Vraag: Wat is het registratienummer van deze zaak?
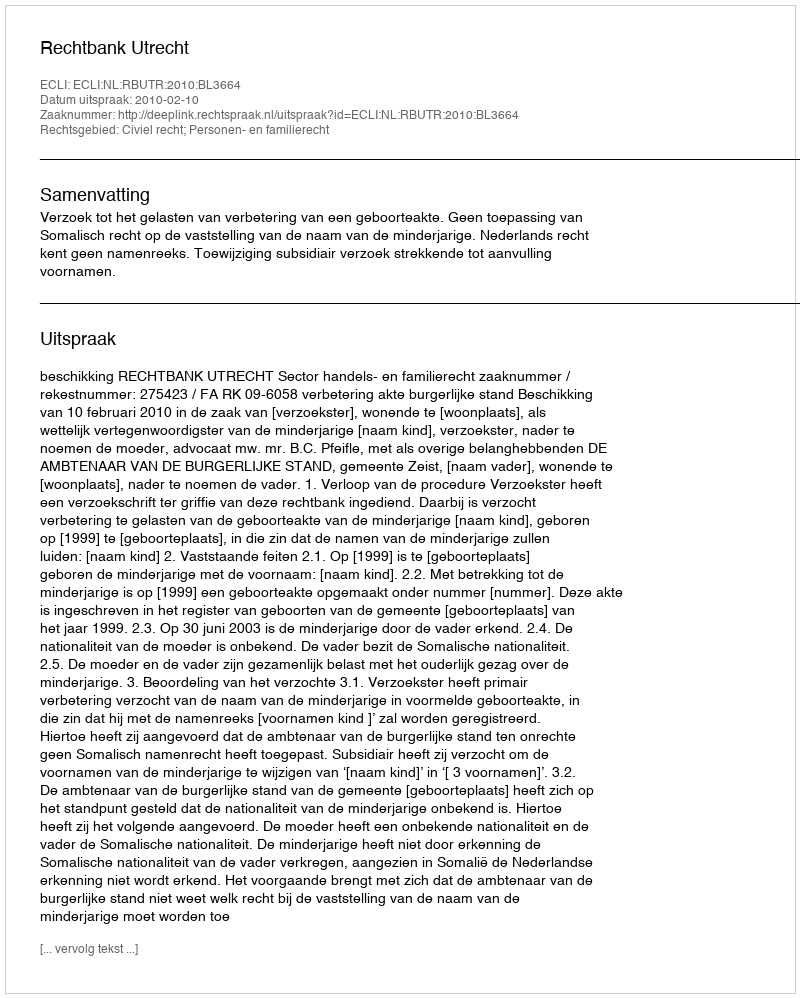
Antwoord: http://deeplink.rechtspraak.nl/uitspraak?id=ECLI:NL:RBUTR:2010:BL3664